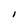
Character: I